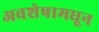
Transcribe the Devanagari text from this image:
अवशेषामधून